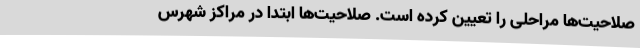
صلاحیت‌ها مراحلی را تعیین کرده است. صلاحیت‌ها ابتدا در مراکز شهرس